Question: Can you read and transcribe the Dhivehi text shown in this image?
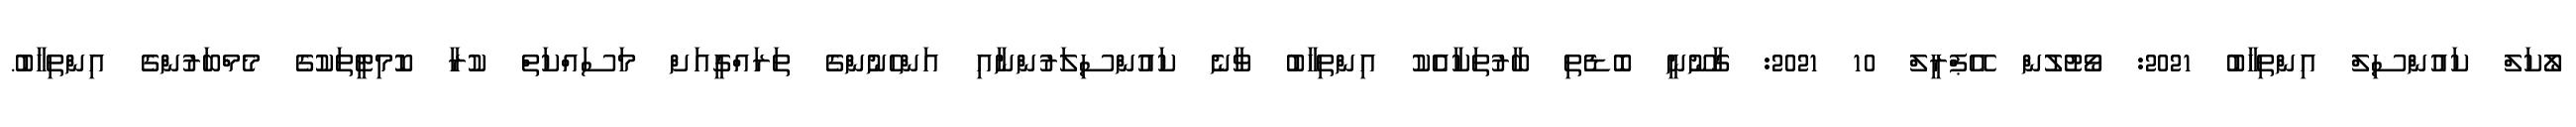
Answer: ލޯކަލް ކައުންސިލް އިންތިހާބު 2021: ވޯޓުލުން އޭޕްރީލް 10 2021: ގާނޫނީ ބޮޑެތި ބާރުތަކާއެެކު އިންތިހާބު ވާނެ ކައުންސިލަރުންނާއި އަންހެނުންގެ ތަރައްގީއަށް މަސައްކަތް ކުރާ ކޮމިޓީތަކުގެ މެމްބަރުންގެ އިންތިހާބު.